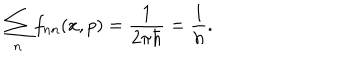
\sum _ { n } f _ { n n } ( x , p ) = \frac { 1 } { 2 \pi \hbar } = \frac { 1 } { h } .